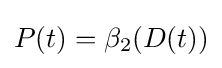
P(t)=\beta _{2}(D(t))